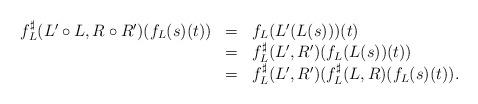
LaTeX: \begin{align*}\begin{array}{lll}f^\sharp_L(L'\circ L,R\circ R')(f_L(s)(t))&=&f_L(L'(L(s)))(t)\\&=&f^\sharp_L(L',R')(f_L(L(s))(t))\\&=&f^\sharp_L(L',R')(f^\sharp_L(L,R)(f_L(s)(t)).\end{array}\end{align*}